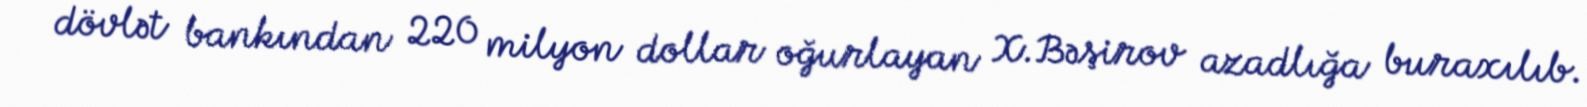
dövlət bankından 220 milyon dollar oğurlayan X.Bəşirov azadlığa buraxılıb.